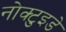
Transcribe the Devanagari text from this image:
नोक्टुइडे